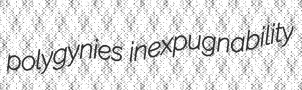
polygynies inexpugnability